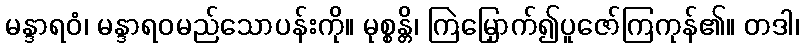
မန္ဒာရဝံ၊ မန္ဒာရဝမည်သောပန်းကို။ မုစ္စန္တိ၊ ကြဲမြှောက်၍ပူဇော်ကြကုန်၏။ တဒါ၊